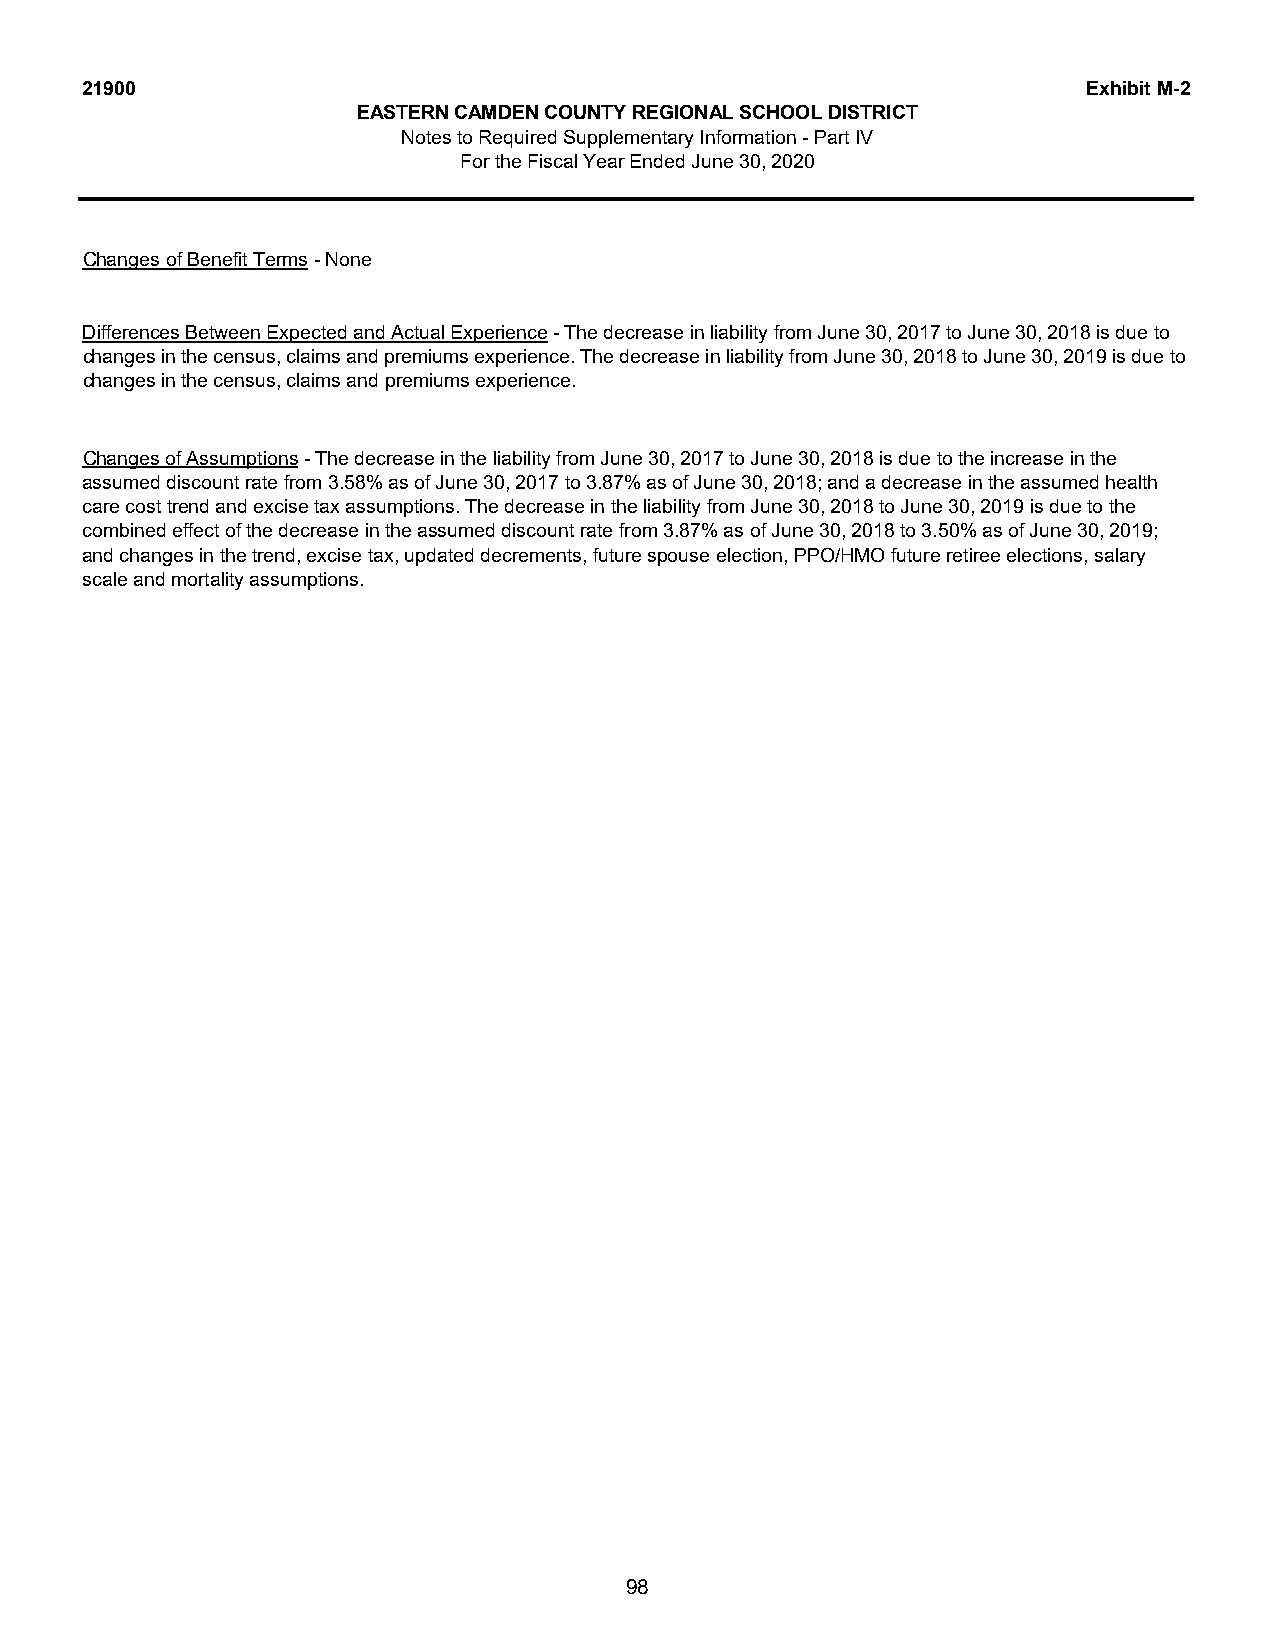
21900                                                              Exhibit M-2
 EASTERN CAMDEN COUNTY REGIONAL SCHOOL DISTRICT
 Notes to Required Supplementary Information - Part IV
 For the Fiscal Year Ended June 30, 2020
 Changes of Benefit Terms - None
 Differences Between Expected and Actual Experience - The decrease in liability from June 30, 2017 to June 30, 2018 is due to
 changes in the census, claims and premiums experience. The decrease in liability from June 30, 2018 to June 30, 2019 is due to
 changes in the census, claims and premiums experience.
 Changes of Assumptions - The decrease in the liability from June 30, 2017 to June 30, 2018 is due to the increase in the
 assumed discount rate from 3.58% as of June 30, 2017 to 3.87% as of June 30, 2018; and a decrease in the assumed health
 care cost trend and excise tax assumptions. The decrease in the liability from June 30, 2018 to June 30, 2019 is due to the
 combined effect of the decrease in the assumed discount rate from 3.87% as of June 30, 2018 to 3.50% as of June 30, 2019;
 and changes in the trend, excise tax, updated decrements, future spouse election, PPO/HMO future retiree elections, salary
 scale and mortality assumptions.
 98